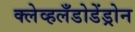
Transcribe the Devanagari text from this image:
क्लेव्हलँडोडेंड्रोन